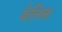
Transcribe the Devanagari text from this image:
येलिक